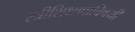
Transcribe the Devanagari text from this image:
स्त्रीशिक्षणाविषयी